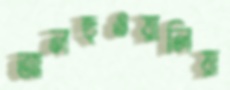
আলহুওয়ালিয়া